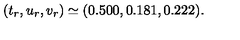
( t _ { r } , u _ { r } , v _ { r } ) \simeq ( 0 . 5 0 0 , 0 . 1 8 1 , 0 . 2 2 2 ) .